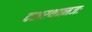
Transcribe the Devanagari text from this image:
दशरथात्मजः